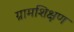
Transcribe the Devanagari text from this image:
ग्रामशिक्षण